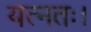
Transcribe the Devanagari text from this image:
यत्नतः।